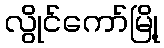
လွိုင်ကော်မြို့